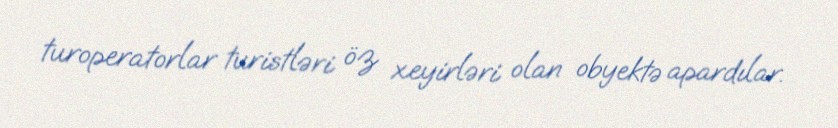
turoperatorlar turistləri öz xeyirləri olan obyektə apardılar.